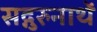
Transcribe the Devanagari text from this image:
सद्गुरुनाथें